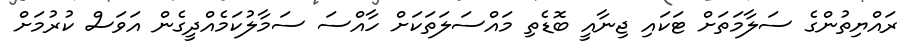
ރައްޔިތުންގެ ސަލާމަތަށް ޓަކައި ޖިނާއީ ބޮޑެތި މައްސަލަތަކަށް ހާއްސަ ސަމާލުކަމެއްދީގެން އަވަސް ކުރުމަށް